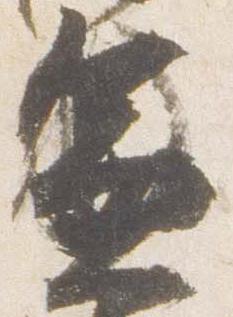
兼